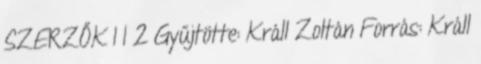
SZERZŐK I I 2 Gyűjtötte: Králl Zoltán Forrás: Králl